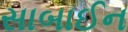
સાબાઈન